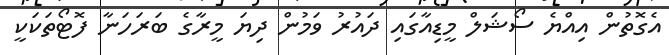
އެގޮތުން އިއްޔެ ސޯޝަލް މީޑިއާގައި ދައުރު ވަމުން ދިޔަ މީރާގެ ބަރަހަނާ ފޮޓޯތަކަކީ